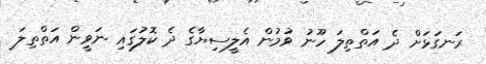
ރަނގަޅަށް ދެ އަތްތިލަ ހޫނު ވުމުން އެލީސިޔާގެ ދެ ކޮލުގައި ނަވީން އަތްތިލަ